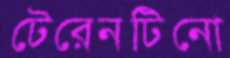
টেরেনটিনো